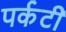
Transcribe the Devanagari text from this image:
पर्कटी